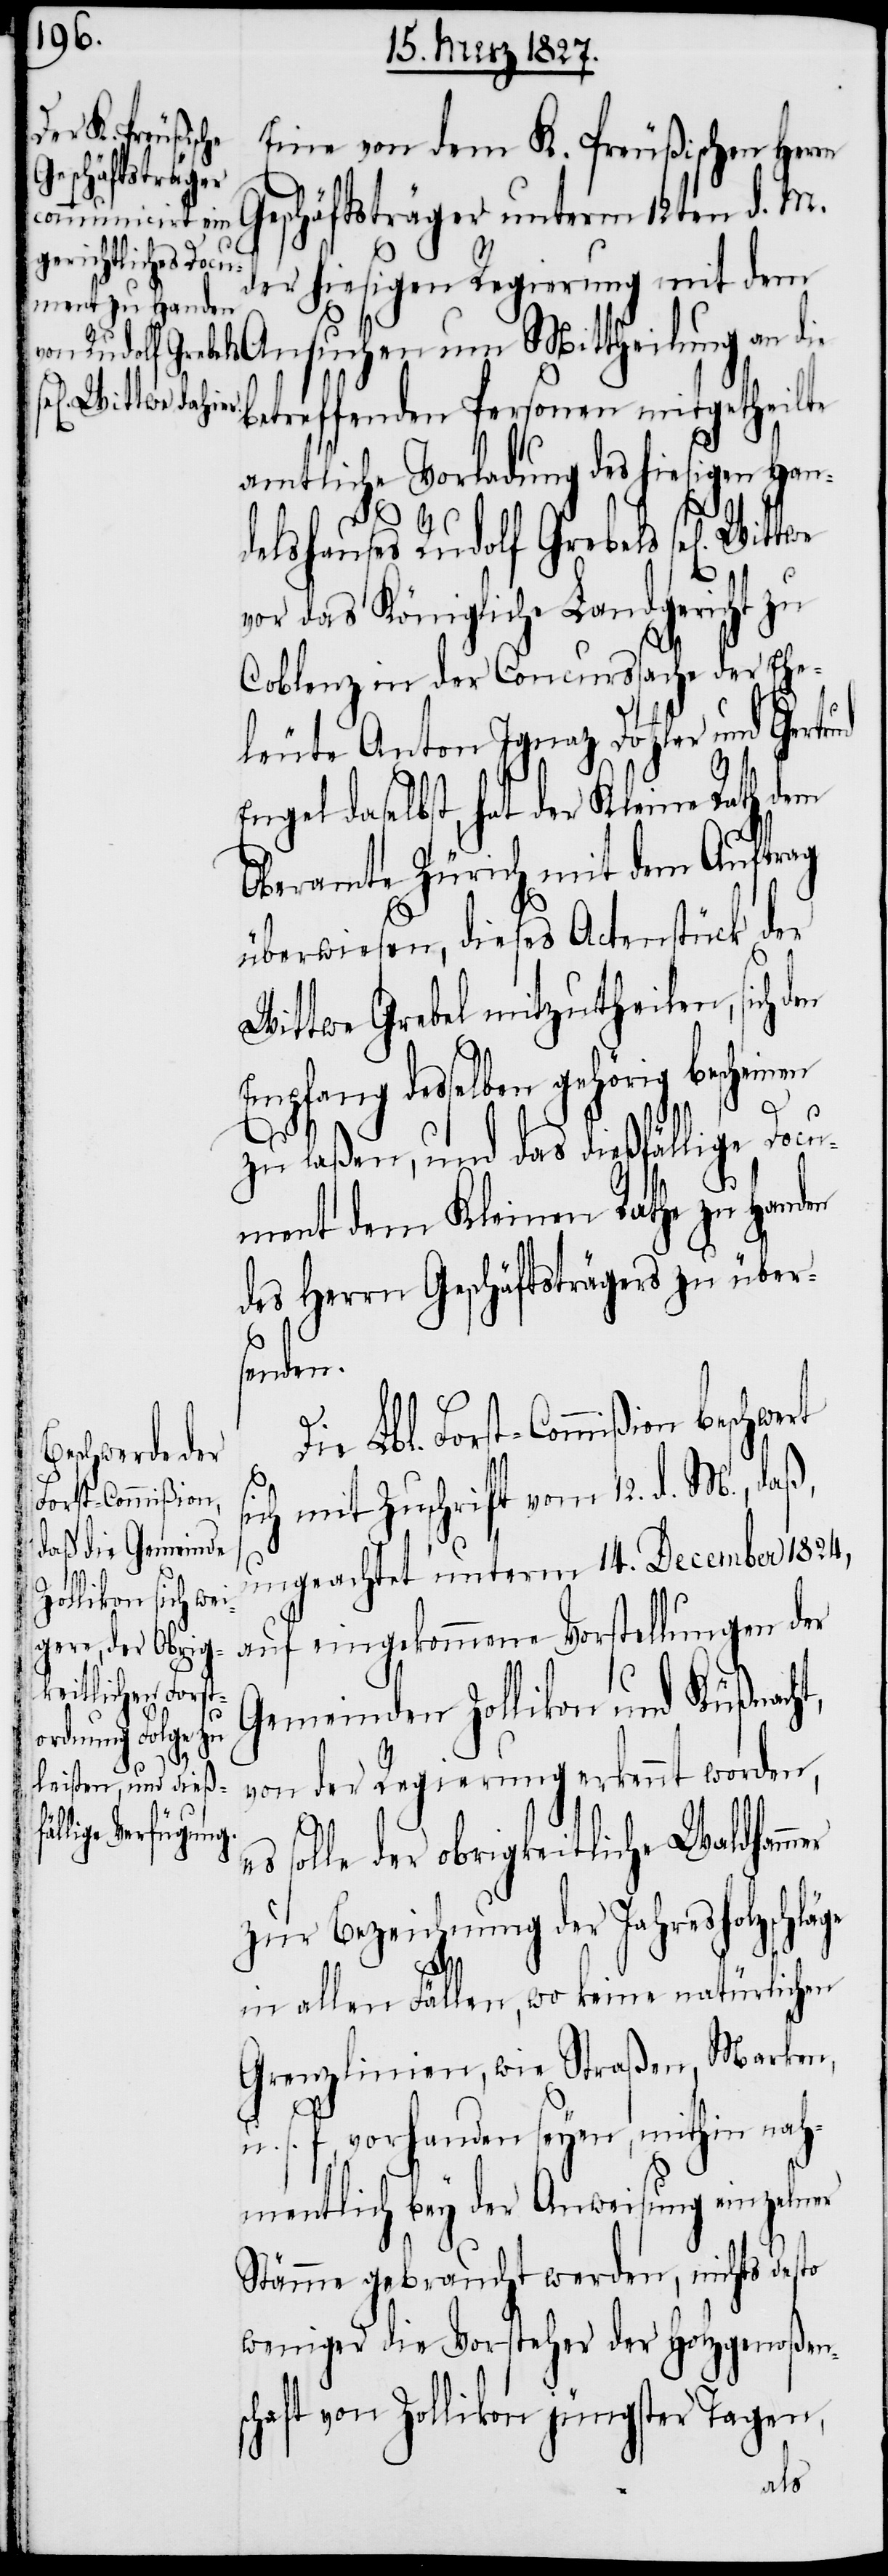
Eine von dem K. Preußischen Herrn
Geschäftsträger unterm 12ten d. M.
der hiesigen Regierung mit dem
heilung an die betreffenden Personen mitgetheilte
amtliche Vorladung des hiesigen Han¬
delshauses Rudolf Grebels sel[igen]
vor das Königliche Landgericht zu
Coblenz in der Concurssache der Ehe¬
leute Anton Ignaz Dotzler und Gertrud
ngel daselbst, hat der Kleine Rath dem
Oberamte Zürich mit dem Auftrag
überwiesen, dieses Actenstück der
Wittwe Grebel mitzutheilen, sich
Empfang desselben gehörig bescheinen
zu laßen, und das dießfällige Docu¬
ment dem Kleinen Rathe zu Handen
des Herrn Geschäftsträgers zu über¬
senden.
beschwert s¬
ich mit Zuschrift vom 12. d. M., daß,
Forst-Commißion
ungeachtet unterm 14. December 1824,
auf eingekommene Vorstellungen der
Ansuchen um
t,
Gemeinden Zollikon und Küßnach¬
von der Regierung erkennt worden,
solle der obrigkeitliche Waldhammer
zur Bezeichnung der Jahresholzschl¬
äge
in allen Fällen, wo keine natürlichen
Grenzlinien, wie Straßen, Marken
u.
s. f, vorhanden seyen, mithin nah¬
mentlich bey der Anweisung einzelner
Stämme gebraucht werden, nichts desto
weniger die Vorsteher der Holzgenoßen¬
schaft von Zollikon jüngster Tagen,